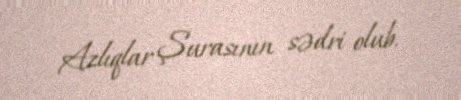
Azlıqlar Şurasının sədri olub.